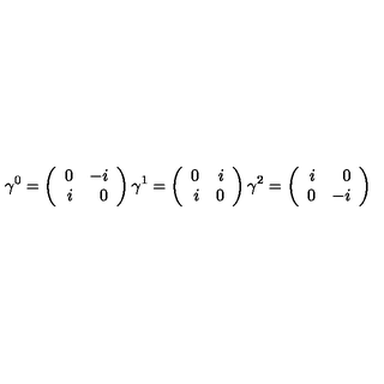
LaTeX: \gamma ^ { 0 } = \left( \begin{array} { r r } { 0 } & { - i } \\ { i } & { 0 } \\ \end{array} \right) \gamma ^ { 1 } = \left( \begin{array} { r r } { 0 } & { i } \\ { i } & { 0 } \\ \end{array} \right) \gamma ^ { 2 } = \left( \begin{array} { r r } { i } & { 0 } \\ { 0 } & { - i } \\ \end{array} \right)